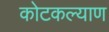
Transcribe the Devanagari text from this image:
कोटकल्याण